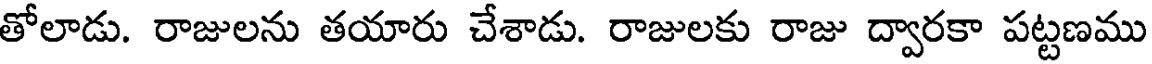
తోలాడు. రాజులను తయారు చేశాడు. రాజులకు రాజు ద్వారకా పట్టణము